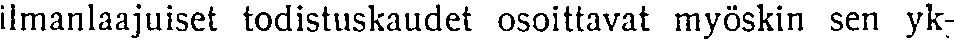
ilmanlaajuiset todistuskaudet osoittavat myöskin sen yk-